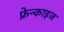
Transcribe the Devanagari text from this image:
फ्रेन्‍काइज